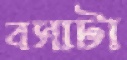
বসাটা